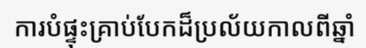
ការបំផ្ទុះគ្រាប់បែកដ៏ប្រល័យកាលពីឆ្នាំ